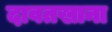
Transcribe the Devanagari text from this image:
दावतखाना